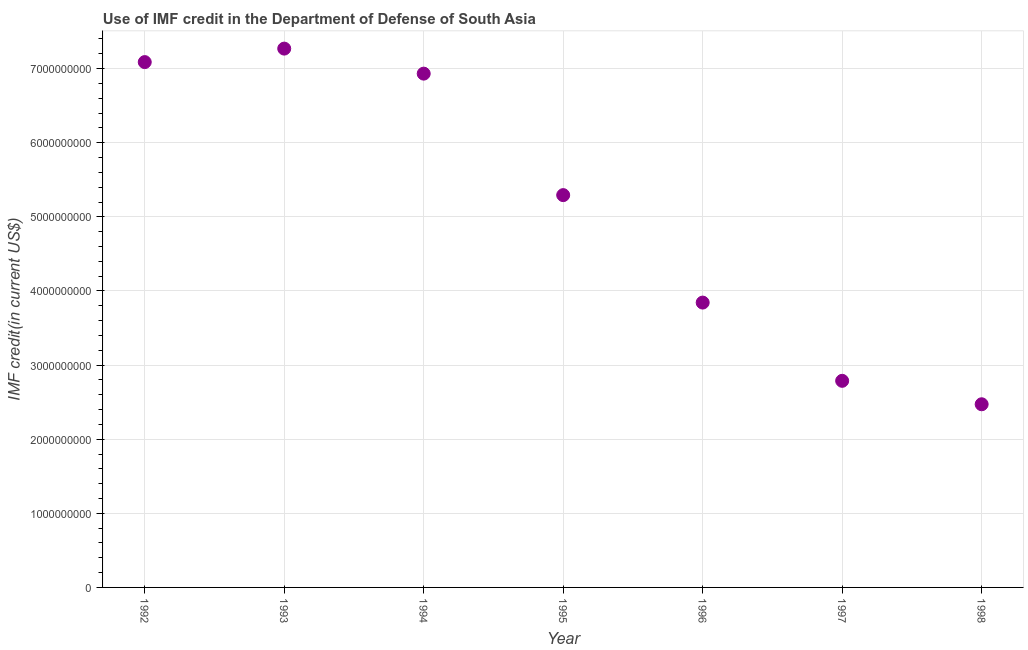
| Year | Use of IMF credit (DOD |
 | --- | --- |
 | 1992 | 7.09e+09 |
 | 1993 | 7.27e+09 |
 | 1994 | 6.93e+09 |
 | 1995 | 5.29e+09 |
 | 1996 | 3.84e+09 |
 | 1997 | 2.79e+09 |
 | 1998 | 2.47e+09 |